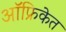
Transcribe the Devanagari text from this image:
ऑफ्रिकेत